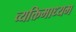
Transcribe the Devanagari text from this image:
व्यक्तिमाध्यम